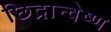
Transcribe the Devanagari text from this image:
छिद्रान्वेष्ण